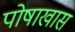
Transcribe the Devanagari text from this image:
पोषाखास